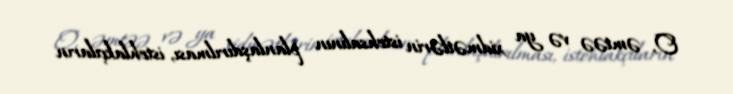
O, əmtəə və ya xidmətlərin istehsalının planlaşdırılması, istehlakçıların